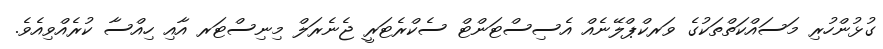
ގުޅުންހުރި މަސައްކަތްތަކުގެ ވަރކްޕްލޭނެއް އެސިސްޓަންޓް ސެކްރެޓަރީ ޖެނެރަލް މިނިސްޓަރ އާއި ހިއްސާ ކުރެއްވިއެވެ.